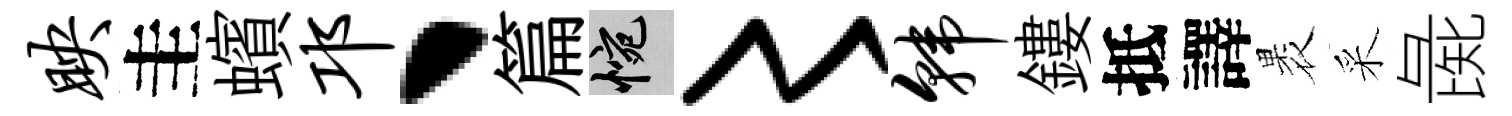
映圭蠙邛、篇惋〻韩鏤抵譯褁采彘